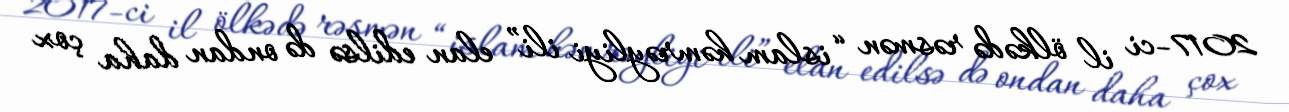
2017-ci il ölkədə rəsmən “islam həmrəyliyi ili” elan edilsə də ondan daha çox